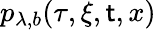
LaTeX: p_{\lambda,b}(\tau,\xi,\mathsf{t},x)